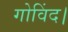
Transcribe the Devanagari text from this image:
गोविंद।